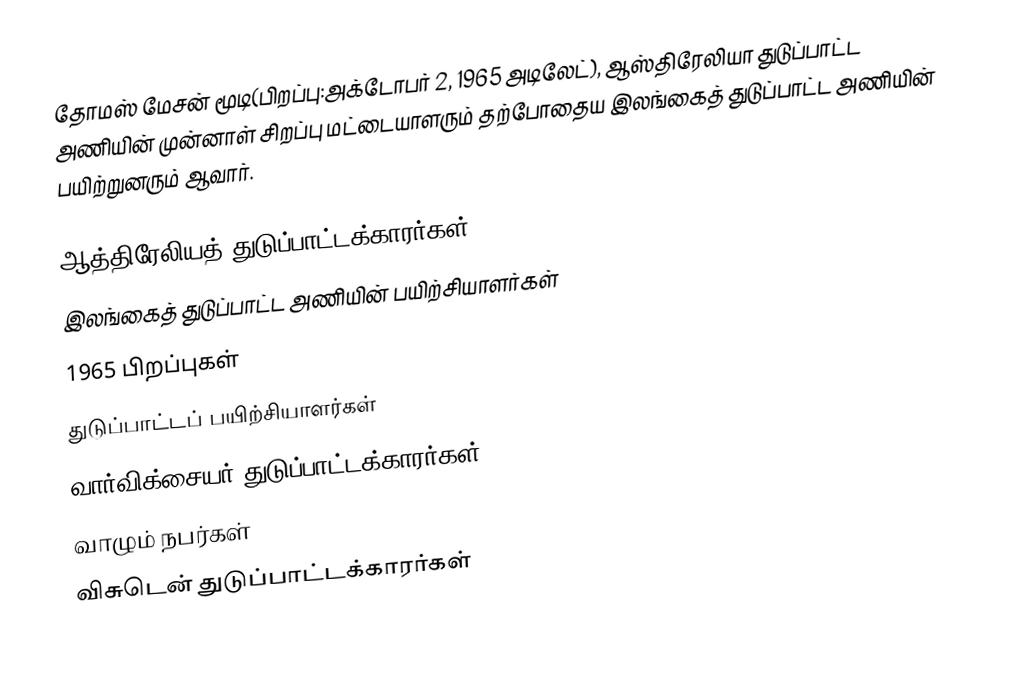
தோமஸ் மேசன் மூடி(பிறப்பு:அக்டோபர் 2, 1965 அடிலேட்), ஆஸ்திரேலியா துடுப்பாட்ட அணியின் முன்னாள் சிறப்பு மட்டையாளரும் தற்போதைய இலங்கைத் துடுப்பாட்ட அணியின் பயிற்றுனரும் ஆவார்.

ஆத்திரேலியத் துடுப்பாட்டக்காரர்கள்
இலங்கைத் துடுப்பாட்ட அணியின் பயிற்சியாளர்கள்
1965 பிறப்புகள்
துடுப்பாட்டப் பயிற்சியாளர்கள்
வார்விக்சையர் துடுப்பாட்டக்காரர்கள்
வாழும் நபர்கள்
விசுடென் துடுப்பாட்டக்காரர்கள்